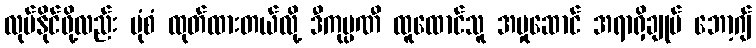
လုပ်နိုင်ဖို့လည်း ပုံစံ ထုတ်ထားတယ်လို့ ဒီကုမ္ပဏီ ထူထောင်သူ အမှုဆောင် အရာရှိချုပ် ဘော့ဂျ်